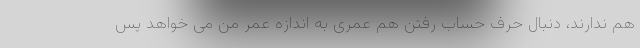
هم ندارند، دنبال حرف حساب رفتن هم عمری به اندازه عمر من می خواهد پس